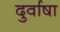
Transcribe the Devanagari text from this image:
दुर्वाषा